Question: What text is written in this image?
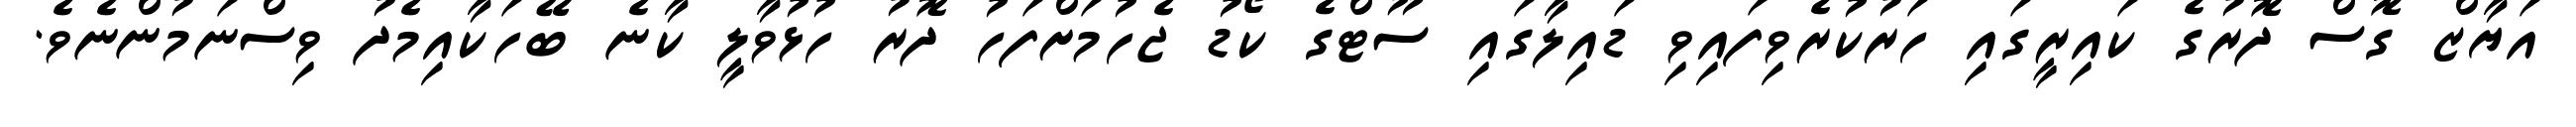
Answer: އަޔާޒް ގޮސް ދޮރުގެ ކައިރީގައި ހަރުކުރެވިފައިވި ޑައިލާގައި ސޫޓްގެ ކޯޑު ޖެހުމަށްފަހު ދޮރު ހުޅުވާލީ ކާނެ ބޭހަކާއިމެދު ވިސްނަމުންނެވެ.